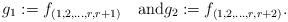
LaTeX: \begin{align*} {g_1} := f_{(1, 2, \ldots, r, r+1)}\quad\mbox{and}{g_2}:= f_{(1,2, \ldots, r, r+2)}.\end{align*}